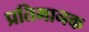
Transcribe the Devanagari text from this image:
प्रतिमानक